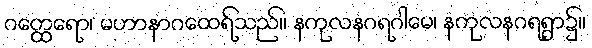
ဂတ္ထေရော၊ မဟာနာဂထေရ်သည်။ နကုလနဂရဂါမေ၊ နကုလနဂရရွာ၌။